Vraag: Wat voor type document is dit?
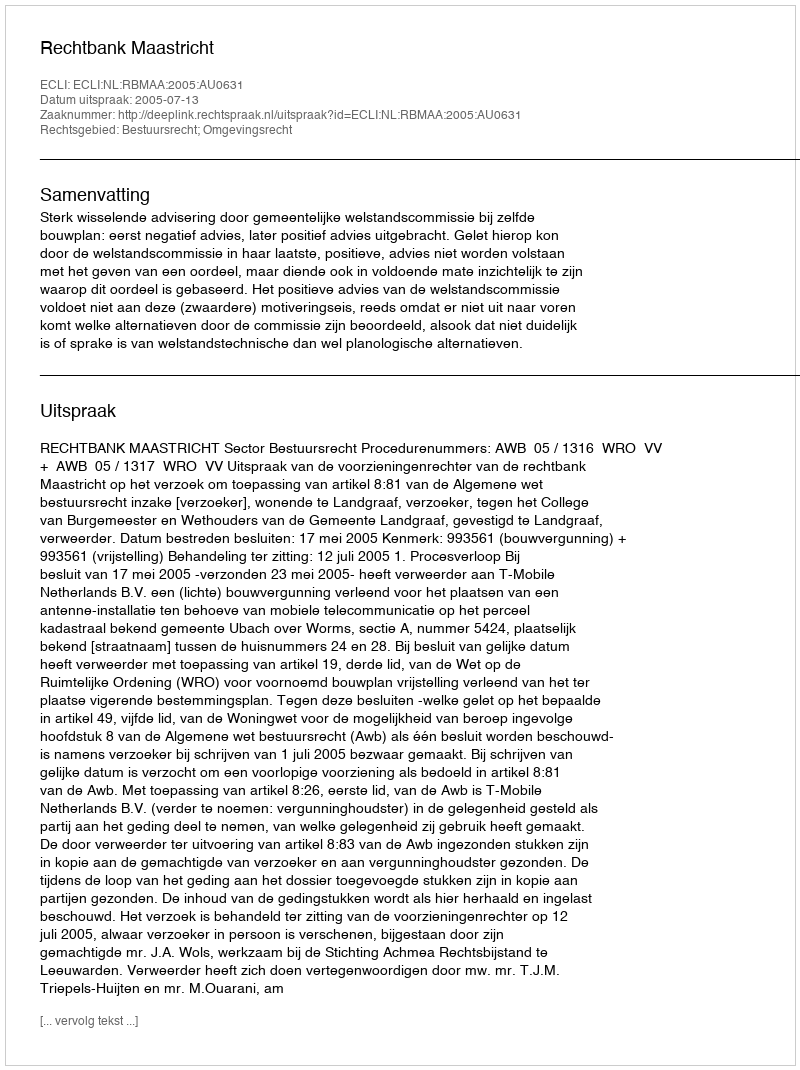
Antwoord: Uitspraak